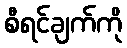
စီရင်ချက်ကို